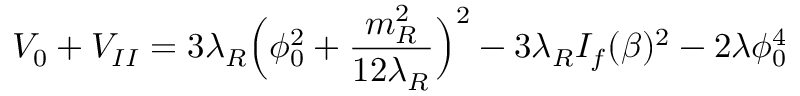
V _ { 0 } + V _ { I I } = 3 \lambda _ { R } \Big ( \phi _ { 0 } ^ { 2 } + \frac { m _ { R } ^ { 2 } } { 1 2 \lambda _ { R } } \Big ) ^ { 2 } - 3 \lambda _ { R } I _ { f } ( \beta ) ^ { 2 } - 2 \lambda \phi _ { 0 } ^ { 4 }